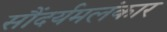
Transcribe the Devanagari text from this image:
सौंदर्यमलंकार